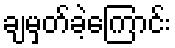
ချမှတ်ခဲ့ကြောင်း